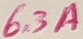
Text: 6.3A